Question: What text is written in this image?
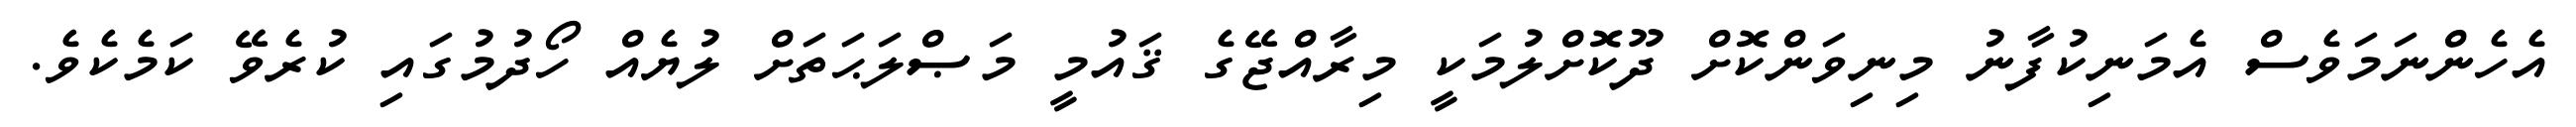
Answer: އެހެންނަމަވެސް އެމަނިކުފާނު މިނިވަންކޮށް ދޫކޮށްލުމަކީ މިރާއްޖޭގެ ޤައުމީ މަޞްލަޙަތަށް ލުޔެއް ހޯދުމުގައި ކުރެވޭ ކަމެކެވެ.